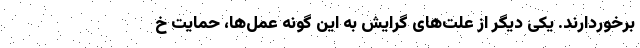
برخوردارند. یکی دیگر از علت‌های گرایش به این گونه عمل‌ها، حمایت خ